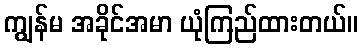
ကျွန်မ အခိုင်အမာ ယုံကြည်ထားတယ်။